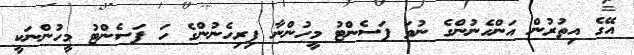
އޭގެ އިތުުުރުން އަންހެނުންގެ ނުވަ ޕަސެންޓު މީހުންނާ ފިރިހެނުންގެ ހަ ޕަސެންޓު މީހުންނަކީ